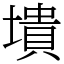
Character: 墤